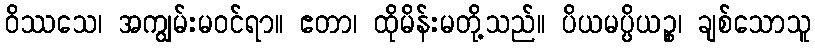
ဝိဿသေ၊ အကျွမ်းမဝင်ရာ။ ဧတာ၊ ထိုမိန်းမတို့သည်။ ပိယမပ္ပိယဉ္စ၊ ချစ်သောသူ